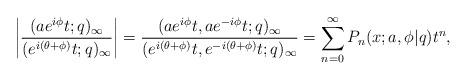
LaTeX: \begin{align*}\left|\frac{(ae^{i \phi}t;q)_\infty}{(e^{i(\theta + \phi)}t;q)_\infty}\right|=\frac{(ae^{i \phi}t,ae^{-i \phi}t;q)_\infty}{(e^{i(\theta + \phi)}t,e^{-i(\theta + \phi)}t;q)_\infty}=\sum_{n=0}^{\infty}P_n(x;a,\phi|q) t^n,\end{align*}